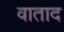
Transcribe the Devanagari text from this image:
वाताद